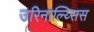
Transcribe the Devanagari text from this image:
उरिनाल्य्सिस